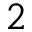
2